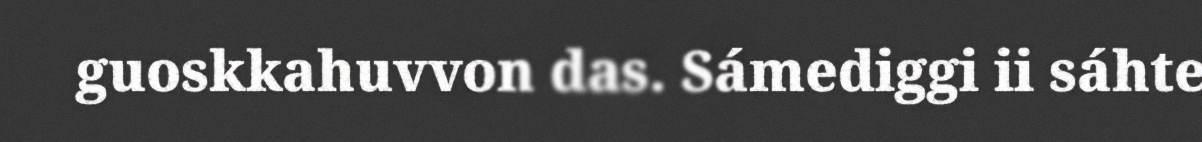
guoskkahuvvon das. Sámediggi ii sáhte